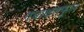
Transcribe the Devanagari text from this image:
गंधाक्षतफूल